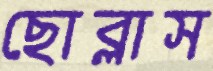
ছোব্‌লাস